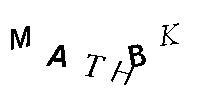
MATHBK